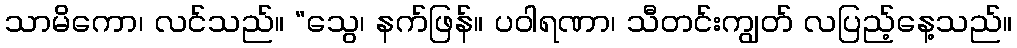
သာမိကော၊ လင်သည်။ “သွေ၊ နက်ဖြန်။ ပဝါရဏာ၊ သီတင်းကျွတ် လပြည့်နေ့သည်။